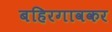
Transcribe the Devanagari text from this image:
बहिरगावकर